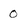
Character: 0